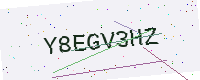
Text: Y8EGV3HZ